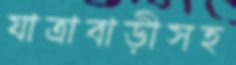
যাত্রাবাড়ীসহ